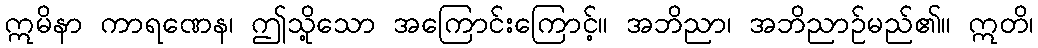
ဣမိနာ ကာရဏေန၊ ဤသို့သော အကြောင်းကြောင့်။ အဘိညာ၊ အဘိညာဉ်မည်၏။ ဣတိ၊